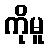
ကိုမူ